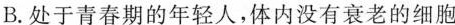
B.处于青春期的年轻人，体内没有衰老的细胞